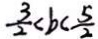
\frac { 3 } { 2 } < b < \frac { 5 } { 2 }